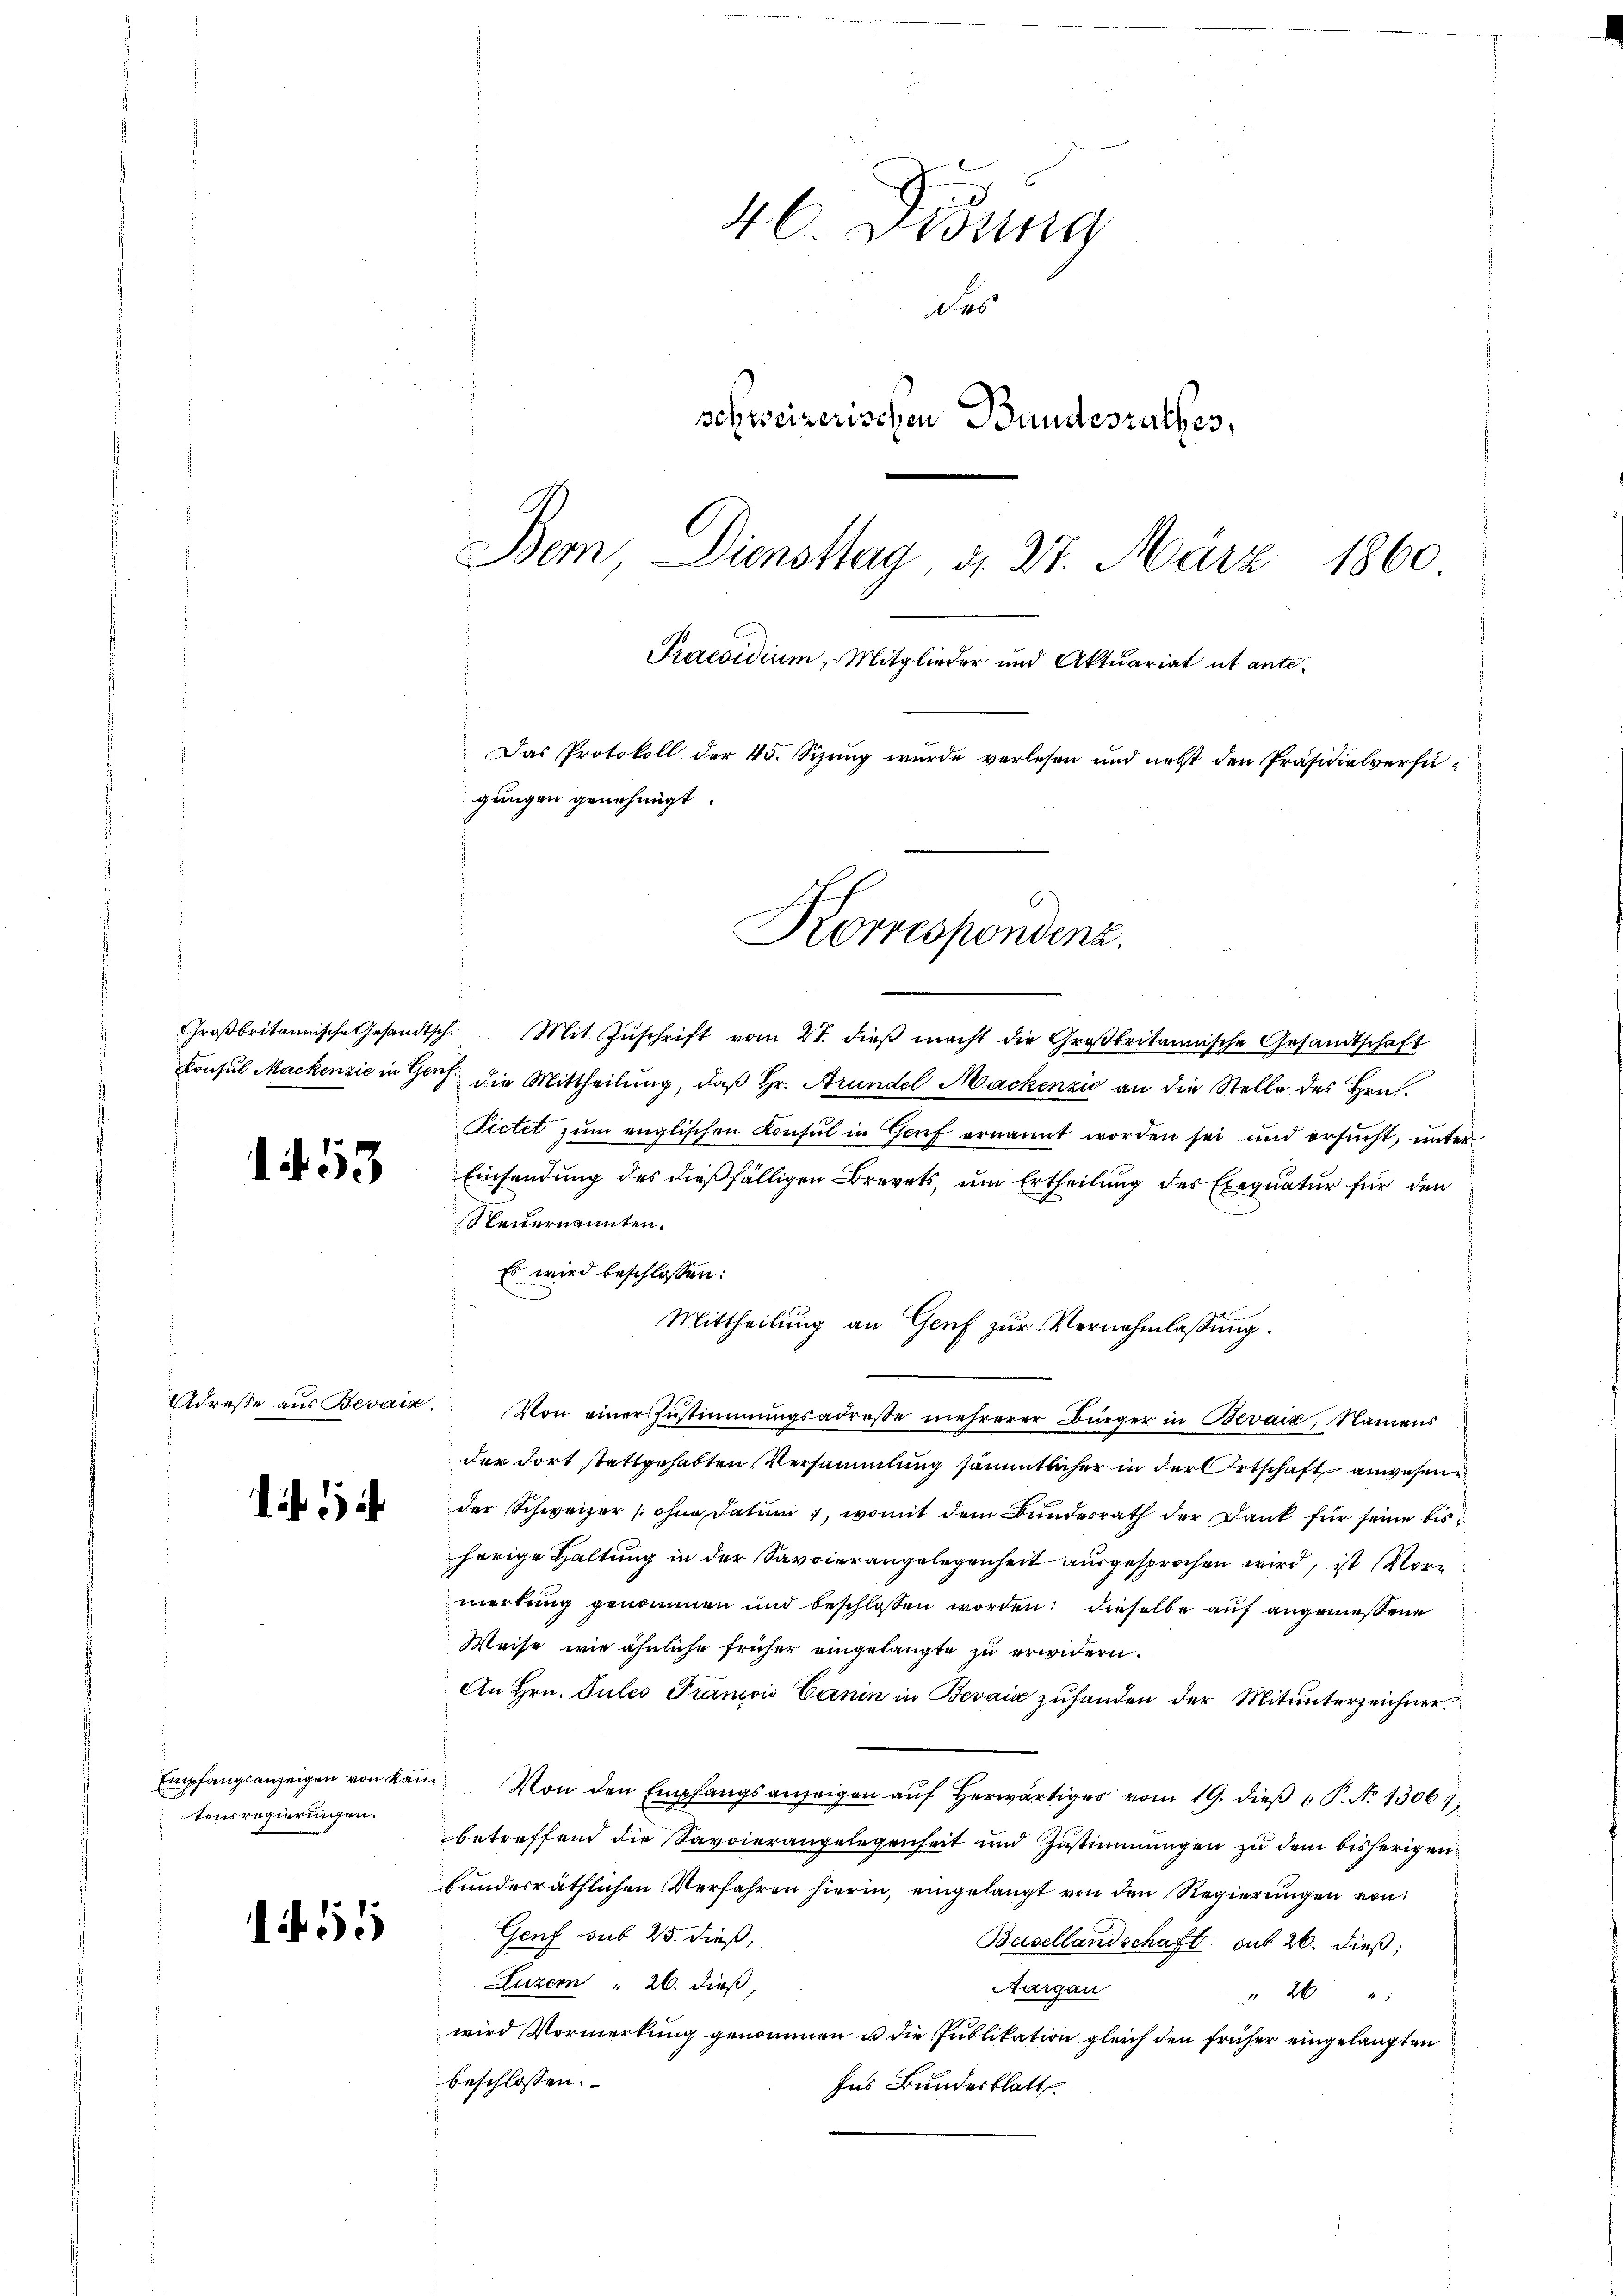
Großbritannische Gesandtsch

1453

Adresse aus Bevaiz.

1. 1

Empfangsanzeigen von Kai
tonsregierungen.

55

46. Didung
des
schweizerischen Bundesrathes,
Dem Diensttag, d. 27. März 1860
Praesidium, Mitglieder und Aktuariat ut ante¬
Das Protokoll der 45. Sizung wurde verlesen und nebst den Präsidialverfügungen genehmigt.

s

ch Mit Zuschrift vom 27. dieß macht die Großbritannische Gesandtschaft
Konsul Mackenzić in Genf die Mittheilung, daß Hr. Aründel Mackenzić an die Stelle des Hrn.
Pictet zum englischen Konsul in Genf ernannt worden sei und ersucht, unter
Einsendung des dießfälligen Brevets, um Ertheilung des Exequatur für den
Steuernannten.
Es wird beschlossen:
Mittheilung an Genf zur Vernehmlassung.
Von einer Zustimmungsadresse mehrerer Bürger in Bevaiz, Namens
der dort stattgehabten Versammlung sämmtlicher in der Ortschaft anwesen
der Schweizer [ohne Datum, womit dem Bundesrath der Dank für seine bisherige Haltung in der Savoierangelegenheit ausgesprochen wird, ist Vormerkung genommen und beschlossen worden: dieselbe auf angemessene
Weise wie ähnliche früher eingelangte zu erwidern.
An Hrn. Gules Franois Canin in Bevaix zuhanden der Mitunterzeichner
Von den Empfangsanzeigen aŭf herwärtiges vom 19. dieß P. No 13067
betreffend die Savoierangelegenheit und Zustimmungen zu dem bisherigen
bundesräthlichen Verfahren hierin, eingelangt von den Regierungen von
Genf sub 25. dieß,
Basellandschaft sub 26. dieß;
Luzern " 26. dieß,
Aargau.
26
wird Vormerkung genommen u die Publikation gleich den früher eingelangten
beschlossen:
Ins Bunderblatt

Korrespondenz.